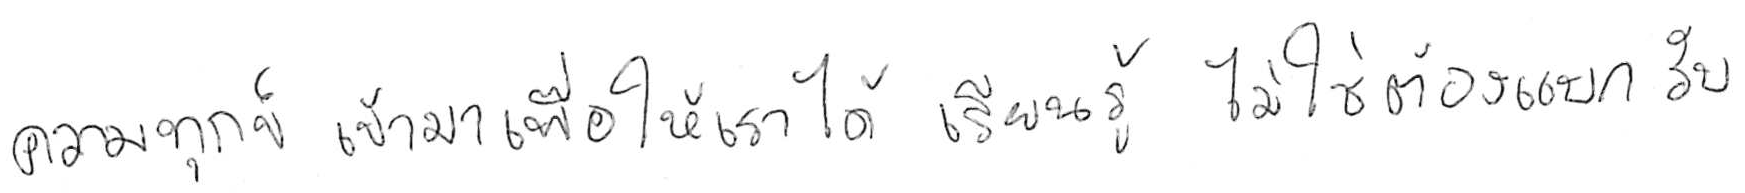
ความทุกข์ เข้ามาเพื่อให้เราได้ เรียนรู้ ไม่ใช่ต้อง แบกรับ